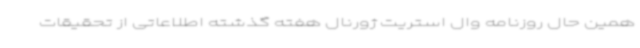
همین حال روزنامه وال استریت ژورنال هفته گذشته اطلاعاتی از تحقیقات